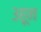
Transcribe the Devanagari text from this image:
३हून